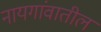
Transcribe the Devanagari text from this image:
नायगांवातील